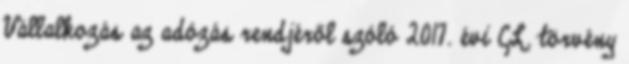
Vállalkozás az adózás rendjéről szóló 2017. évi CL. törvény